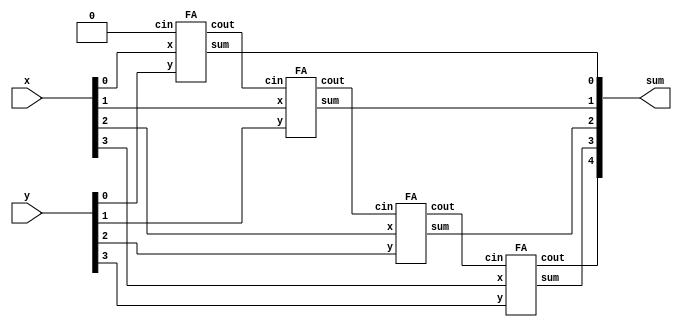
module top_module (
    input [3:0] x,
    input [3:0] y, 
    output [4:0] sum);
    
    wire [3:0] cout;
    
    FA F1(x[0], y[0], 1'b0, cout[0], sum[0]);
    FA F2(x[1], y[1], cout[0], cout[1], sum[1]);
    FA F3(x[2], y[2], cout[1], cout[2], sum[2]);
    FA F4(x[3], y[3], cout[2], sum[4], sum[3]);
    
endmodule

module FA(input x, input y, input cin, output cout, output sum );
    
    assign sum = x ^ y ^ cin;
    assign cout = x & y | y & cin | x & cin;
    
endmodule